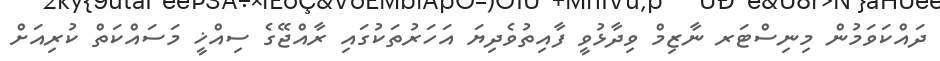
ދައްކަވަމުން މިނިސްޓަރ ނާޒިމް ވިދާޅުވީ ފާއިތުވެދިޔަ އަހަރުތަކުގައި ރާއްޖޭގެ ސިއްޚީ މަސައްކަތް ކުރިއަށް